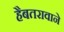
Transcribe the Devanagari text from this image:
हैबतरावाने